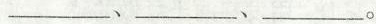
___、___、___。